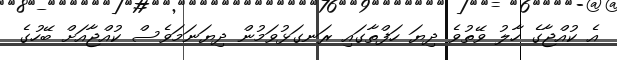
އެ ކުއްޖާގެ ހާލު ވޭތުވެ ދިޔަ ހަފްތާގައި ރަނގަޅުވަމުން ދިޔަނަމަވެސް ކުއްޖާއަށް ބޭހުގެ